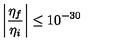
\left| \frac { \eta _ { f } } { \eta _ { i } } \right| \le 1 0 ^ { - 3 0 }